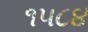
૧૫૮૪